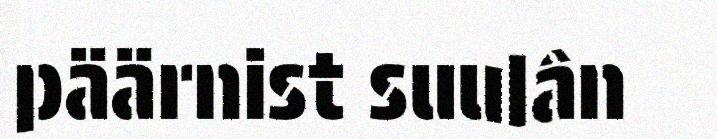
päärnist suulân